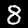
Digit: 8